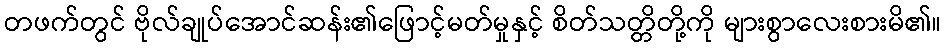
တဖက်တွင် ဗိုလ်ချုပ်အောင်ဆန်း၏ဖြောင့်မတ်မှုနှင့် စိတ်သတ္တိတို့ကို များစွာလေးစားမိ၏။